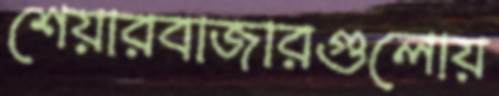
শেয়ারবাজারগুলোয়